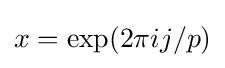
x=\exp(2\pi ij/p)